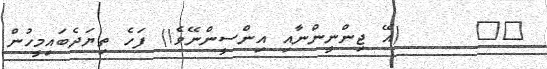
٣٨     (އޭ ޖިންނީންނާއި އިންސީންނޭވެ!) ފަހެ ތިޔަދެބައިމީހުން